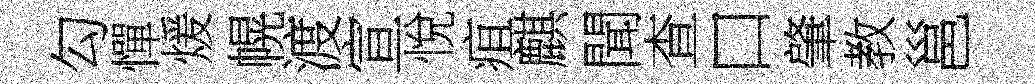
勾憚煖幌渡宣悅疽麒聞查口肇教邕